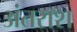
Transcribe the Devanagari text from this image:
अंतराश